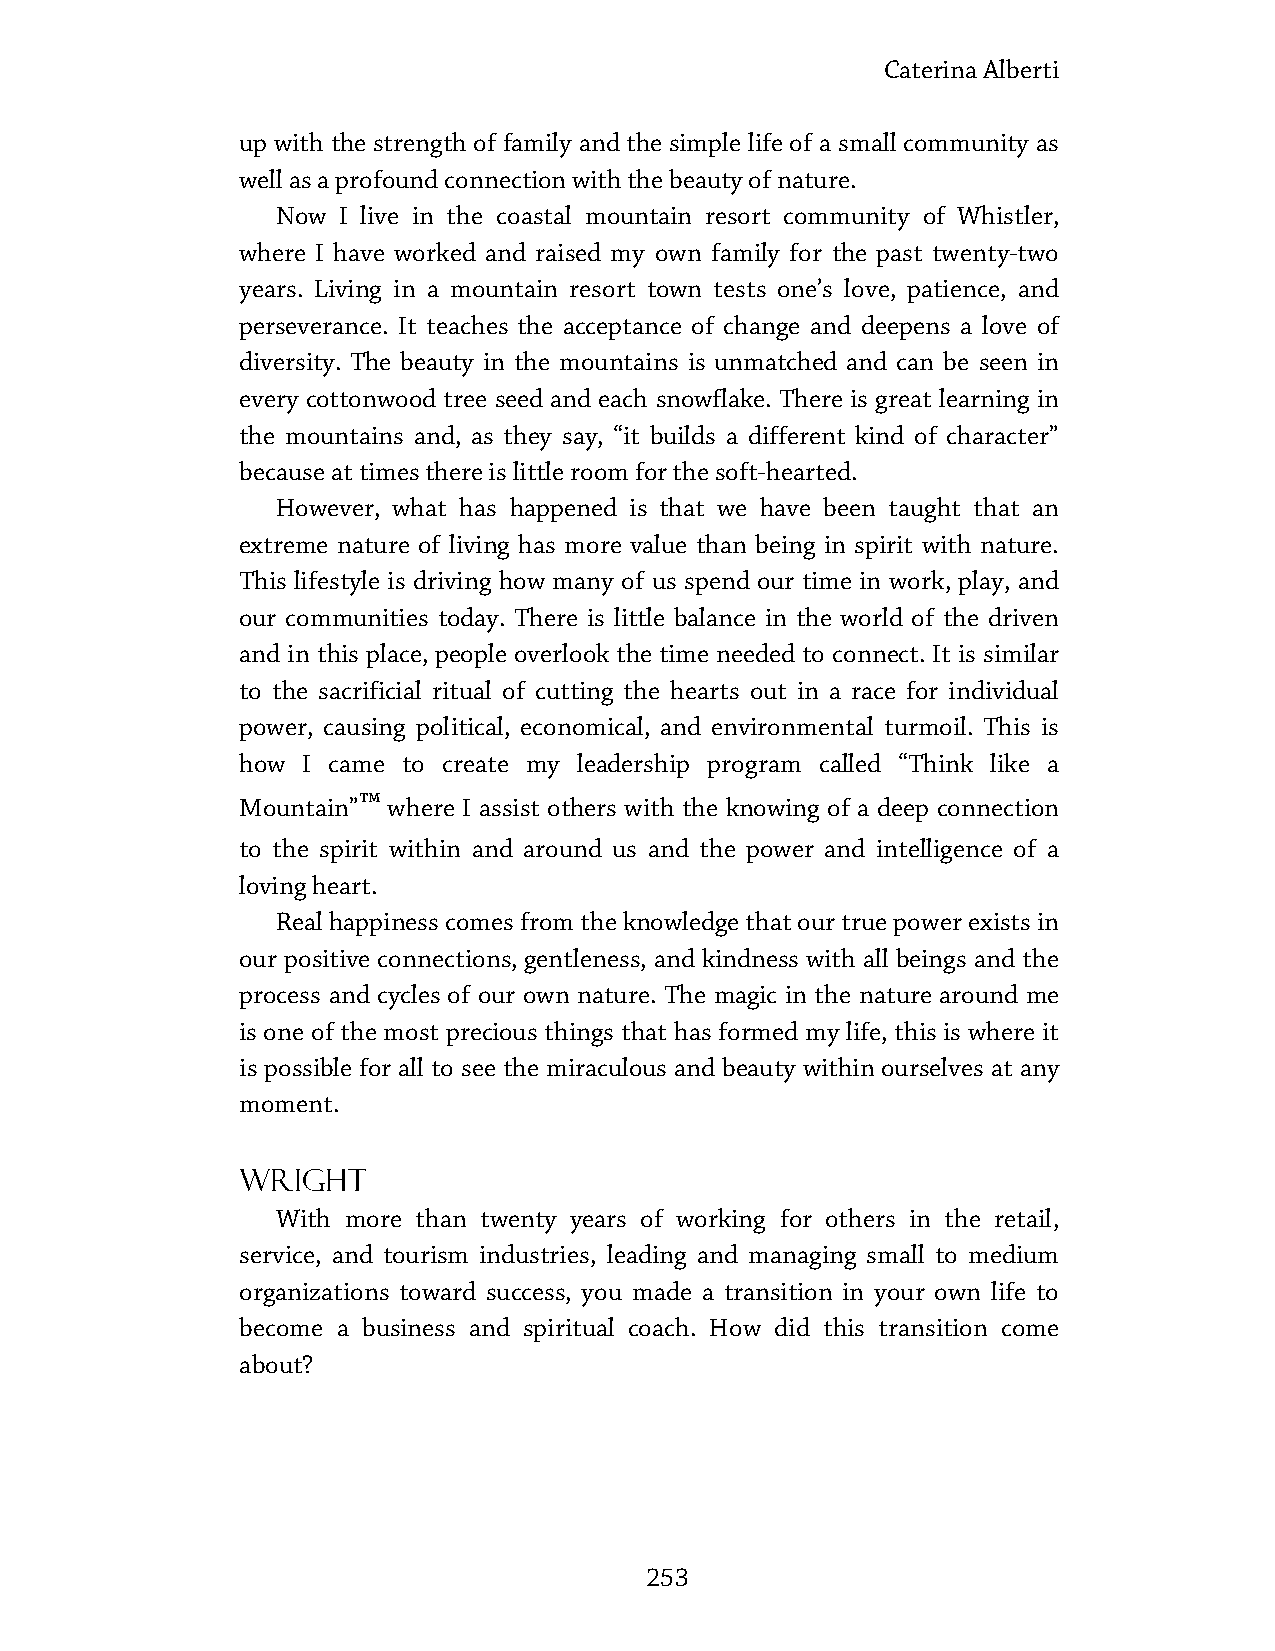
Caterina Alberti
 up with the strength of family and the simple life of a small community as
 well as a profound connection with the beauty of nature.
 Now  I live in the coastal mountain resort community of Whistler,
 where I have worked and raised my own family for the past twenty-two
 years. Living in a mountain resort town tests one’s love, patience, and
 perseverance. It teaches the acceptance of change and deepens a love of
 diversity. The beauty in the mountains is unmatched and can be seen in
 every cottonwood tree seed and each snowflake. There is great learning in
 the mountains and, as they say, “it builds a different kind of character”
 because at times there is little room for the soft-hearted.
 However, what has happened is that we have been taught that an
 extreme nature of living has more value than being in spirit with nature.
 This lifestyle is driving how many of us spend our time in work, play, and
 our communities today. There is little balance in the world of the driven
 and in this place, people overlook the time needed to connect. It is similar
 to the sacrificial ritual of cutting the hearts out in a race for individual
 power, causing political, economical, and environmental turmoil. This is
 how I came to create my leadership program called “Think like a
 ™
 Mountain” where I assist others with the knowing of a deep connection
 to the spirit within and around us and the power and intelligence of a
 loving heart.
 Real happiness comes from the knowledge that our true power exists in
 our positive connections, gentleness, and kindness with all beings and the
 process and cycles of our own nature. The magic in the nature around me
 is one of the most precious things that has formed my life, this is where it
 is possible for all to see the miraculous and beauty within ourselves at any
 moment.
 Wright
 With more than twenty years of working for others in the retail,
 service, and tourism industries, leading and managing small to medium
 organizations toward success, you made a transition in your own life to
 become a business and spiritual coach. How did this transition come
 about?
 253